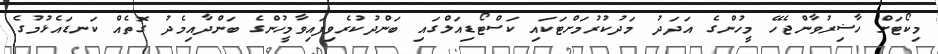
މިކޯޓަށް ހާޟިރުވާންޖެހޭ މީހުންގެ އަދަދު މަދުކުރުމަށްޓަކައި ކަސްޓޯޑިއަލްގައި ބަންދުކުރެވިފައިވާމީހުންގެ ބަންދާއިމެދު ގޮތެއް ކަނޑައެޅުމުގެ